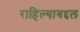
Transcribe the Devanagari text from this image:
राहिल्याबद्दल